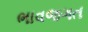
ભાવજગત